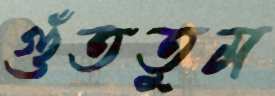
গুঁততুম